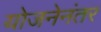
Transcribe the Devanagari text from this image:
योजनेनंतर